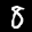
Label: 8